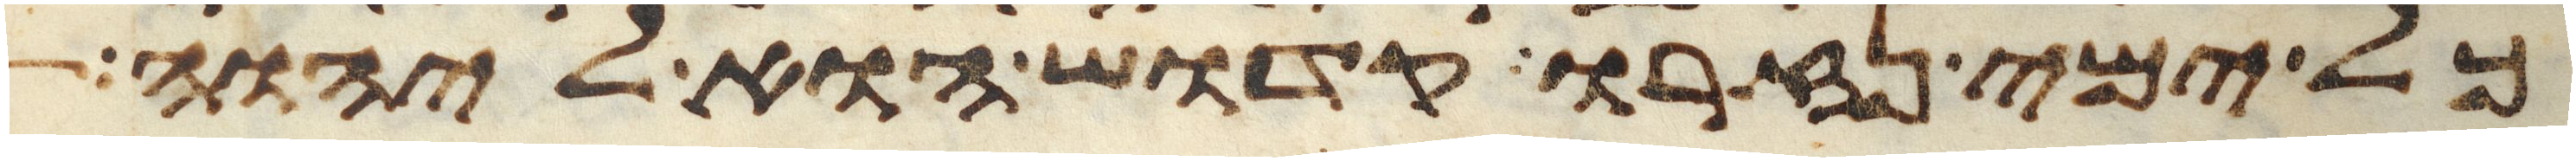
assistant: כל ימי נזרו קדוש הוא ליהוה